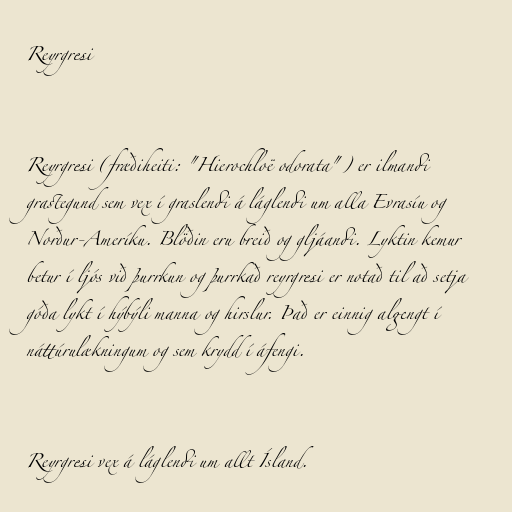
Reyrgresi

Reyrgresi (fræðiheiti: "Hierochloë odorata") er ilmandi
grastegund sem vex í graslendi á láglendi um alla Evrasíu og
Norður-Ameríku. Blöðin eru breið og gljáandi. Lyktin kemur
betur í ljós við þurrkun og þurrkað reyrgresi er notað til að setja
góða lykt í hýbýli manna og hirslur. Það er einnig algengt í
náttúrulækningum og sem krydd í áfengi.

Reyrgresi vex á láglendi um allt Ísland.